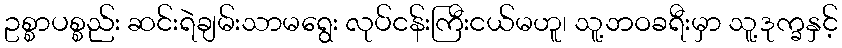
ဥစ္စာပစ္စည်း ဆင်းရဲချမ်းသာမရွေး လုပ်ငန်းကြီးငယ်မဟူ၊ သူ့ဘဝခရီးမှာ သူ့ဒုက္ခနှင့်